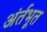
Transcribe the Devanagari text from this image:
अंर्तभूत